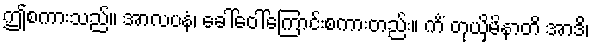
ဤစကားသည်။ အာလပနံ၊ ခေါ်ဝေါ်ကြောင်းစကားတည်း။ ကိံ တုယှိမိနာတိ အာဒိ၊